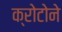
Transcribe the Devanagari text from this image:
क्रोटोने